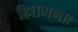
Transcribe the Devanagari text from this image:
हितमन्तः